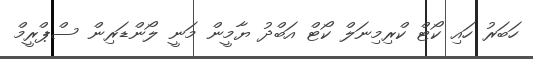
ހަބަރު ހައި ކޯޓް ކްރިމިނަލް ކޯޓް އަބްދު ޔާމީން މަނީ ލޯންޑަރިން ސްޕްރީމް